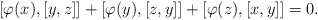
\begin{align*}[\varphi(x),[y,z]]+[\varphi(y),[z,y]]+[\varphi(z),[x,y]]=0.\end{align*}